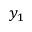
y _ { 1 }